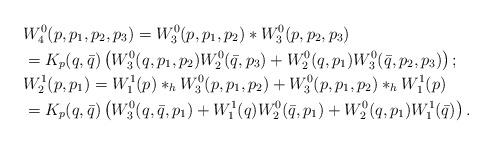
LaTeX: \begin{align*}&W^0_4(p,p_1,p_2,p_3)=W^0_3(p,p_1,p_2)\ast W^0_3(p,p_2,p_3)\\&=K_p(q,\bar q)\left(W^0_3(q,p_1,p_2)W^0_2(\bar q,p_3)+W^0_2(q,p_1)W^0_3(\bar q,p_2,p_3)\right);\\&W^1_2(p,p_1)=W^1_1(p)\ast_h W^0_3(p,p_1,p_2)+W^0_3(p,p_1,p_2)\ast_h W^1_1(p)\\&=K_p(q,\bar q)\left(W^0_3(q,\bar q,p_1)+W^1_1(q)W^0_2(\bar q,p_1)+W^0_2(q,p_1)W^1_1(\bar q)\right).\end{align*}